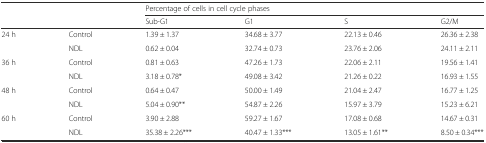
<table><thead><tr><td></td><td></td><td colspan="4"><b>Percentage of cells in cell cycle phases</b></td></tr><tr><td></td><td></td><td><b>Sub-G1</b></td><td><b>G1</b></td><td><b>S</b></td><td><b>G2/M</b></td></tr></thead><tbody><tr><td>24 h</td><td>Control</td><td>1.39 ± 1.37</td><td>34.68 ± 3.77</td><td>22.13 ± 0.46</td><td>26.36 ± 2.38</td></tr><tr><td></td><td>NDL</td><td>0.62 ± 0.04</td><td>32.74 ± 0.73</td><td>23.76 ± 2.06</td><td>24.11 ± 2.11</td></tr><tr><td>36 h</td><td>Control</td><td>0.81 ± 0.63</td><td>47.26 ± 1.73</td><td>22.06 ± 2.11</td><td>19.56 ± 1.41</td></tr><tr><td></td><td>NDL</td><td>3.18 ± 0.78*</td><td>49.08 ± 3.42</td><td>21.26 ± 0.22</td><td>16.93 ± 1.55</td></tr><tr><td>48 h</td><td>Control</td><td>0.64 ± 0.47</td><td>50.00 ± 1.49</td><td>21.04 ± 2.47</td><td>16.77 ± 1.25</td></tr><tr><td></td><td>NDL</td><td>5.04 ± 0.90**</td><td>54.87 ± 2.26</td><td>15.97 ± 3.79</td><td>15.23 ± 6.21</td></tr><tr><td>60 h</td><td>Control</td><td>3.90 ± 2.88</td><td>59.27 ± 1.67</td><td>17.08 ± 0.68</td><td>14.67 ± 0.31</td></tr><tr><td></td><td>NDL</td><td>35.38 ± 2.26***</td><td>40.47 ± 1.33***</td><td>13.05 ± 1.61**</td><td>8.50 ± 0.34***</td></tr></tbody></table>